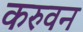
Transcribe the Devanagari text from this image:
करुवन